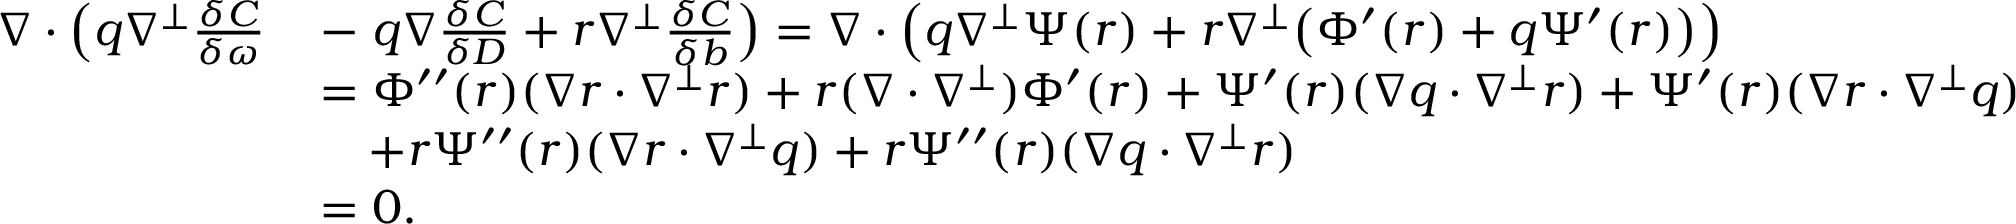
\begin{array} { r l } { \nabla \cdot \left( q \nabla ^ { \perp } \frac { \delta C } { \delta \omega } \right. } & { - \left. q \nabla \frac { \delta C } { \delta D } + r \nabla ^ { \perp } \frac { \delta C } { \delta b } \right) = \nabla \cdot \left( q \nabla ^ { \perp } \Psi ( r ) + r \nabla ^ { \perp } \big ( \Phi ^ { \prime } ( r ) + q \Psi ^ { \prime } ( r ) \big ) \right) } \\ & { = \Phi ^ { \prime \prime } ( r ) ( \nabla r \cdot \nabla ^ { \perp } r ) + r ( \nabla \cdot \nabla ^ { \perp } ) \Phi ^ { \prime } ( r ) + \Psi ^ { \prime } ( r ) ( \nabla q \cdot \nabla ^ { \perp } r ) + \Psi ^ { \prime } ( r ) ( \nabla r \cdot \nabla ^ { \perp } q ) } \\ & { \quad + r \Psi ^ { \prime \prime } ( r ) ( \nabla r \cdot \nabla ^ { \perp } q ) + r \Psi ^ { \prime \prime } ( r ) ( \nabla q \cdot \nabla ^ { \perp } r ) } \\ & { = 0 . } \end{array}